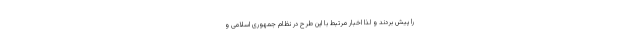
را پیش بردند و لذا اخبار مرتبط با این طرح در نظام جمهوری اسلامی و